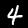
Label: 4